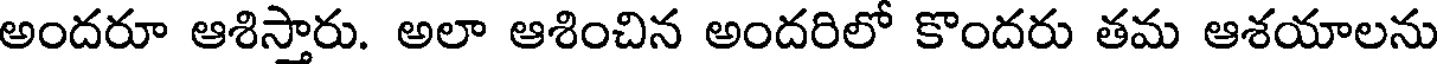
అందరూ ఆశిస్తారు. అలా ఆశించిన అందరిలో కొందరు తమ ఆశయాలను